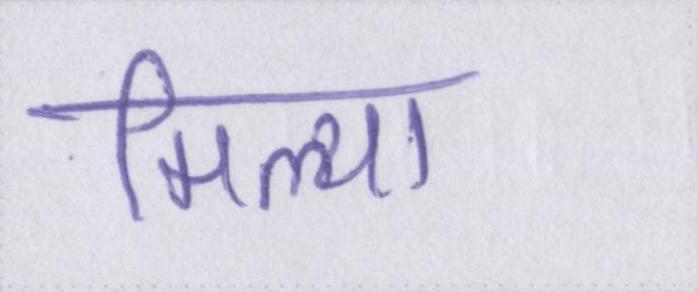
मिल्या